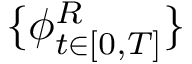
\{ { \phi } _ { t \in [ 0 , T ] } ^ { R } \}